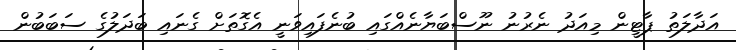
އަދާލަތު ޕާޓީން މިއަދު ނެރުނު ނޫސްބަޔާނެއްގައި ބުނެފައިވަނީ އެގޮތަށް ގެނައި ބަދަލުގެ ސަބަބުން